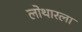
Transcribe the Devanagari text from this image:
लोथारला